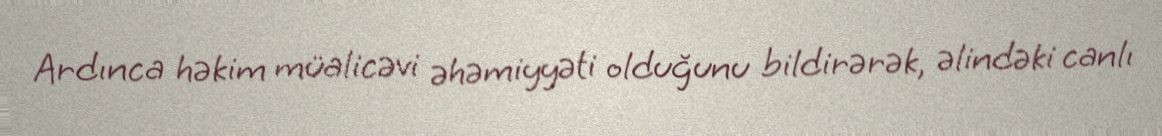
Ardınca həkim müalicəvi əhəmiyyəti olduğunu bildirərək, əlindəki canlı